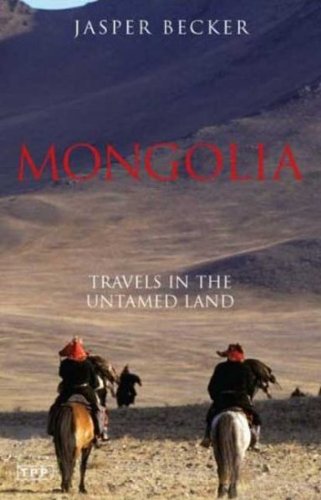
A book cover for Mongolia: Travels in the Untamed Land; Jasper Becker; Travel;